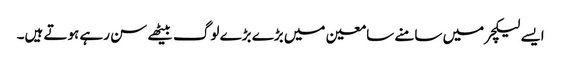
ایسے لیکچر میں سامنے سامعین میں بڑے بڑے لوگ بیٹھے سن رہے ہوتے ہیں۔